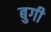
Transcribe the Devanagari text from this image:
बुगी